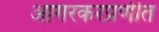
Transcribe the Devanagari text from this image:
आगरकरप्रणीत